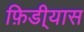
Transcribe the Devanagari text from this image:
फ़िडी्यास